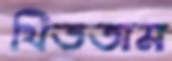
থিততাম